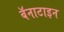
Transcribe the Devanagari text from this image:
बॅनाटाइन